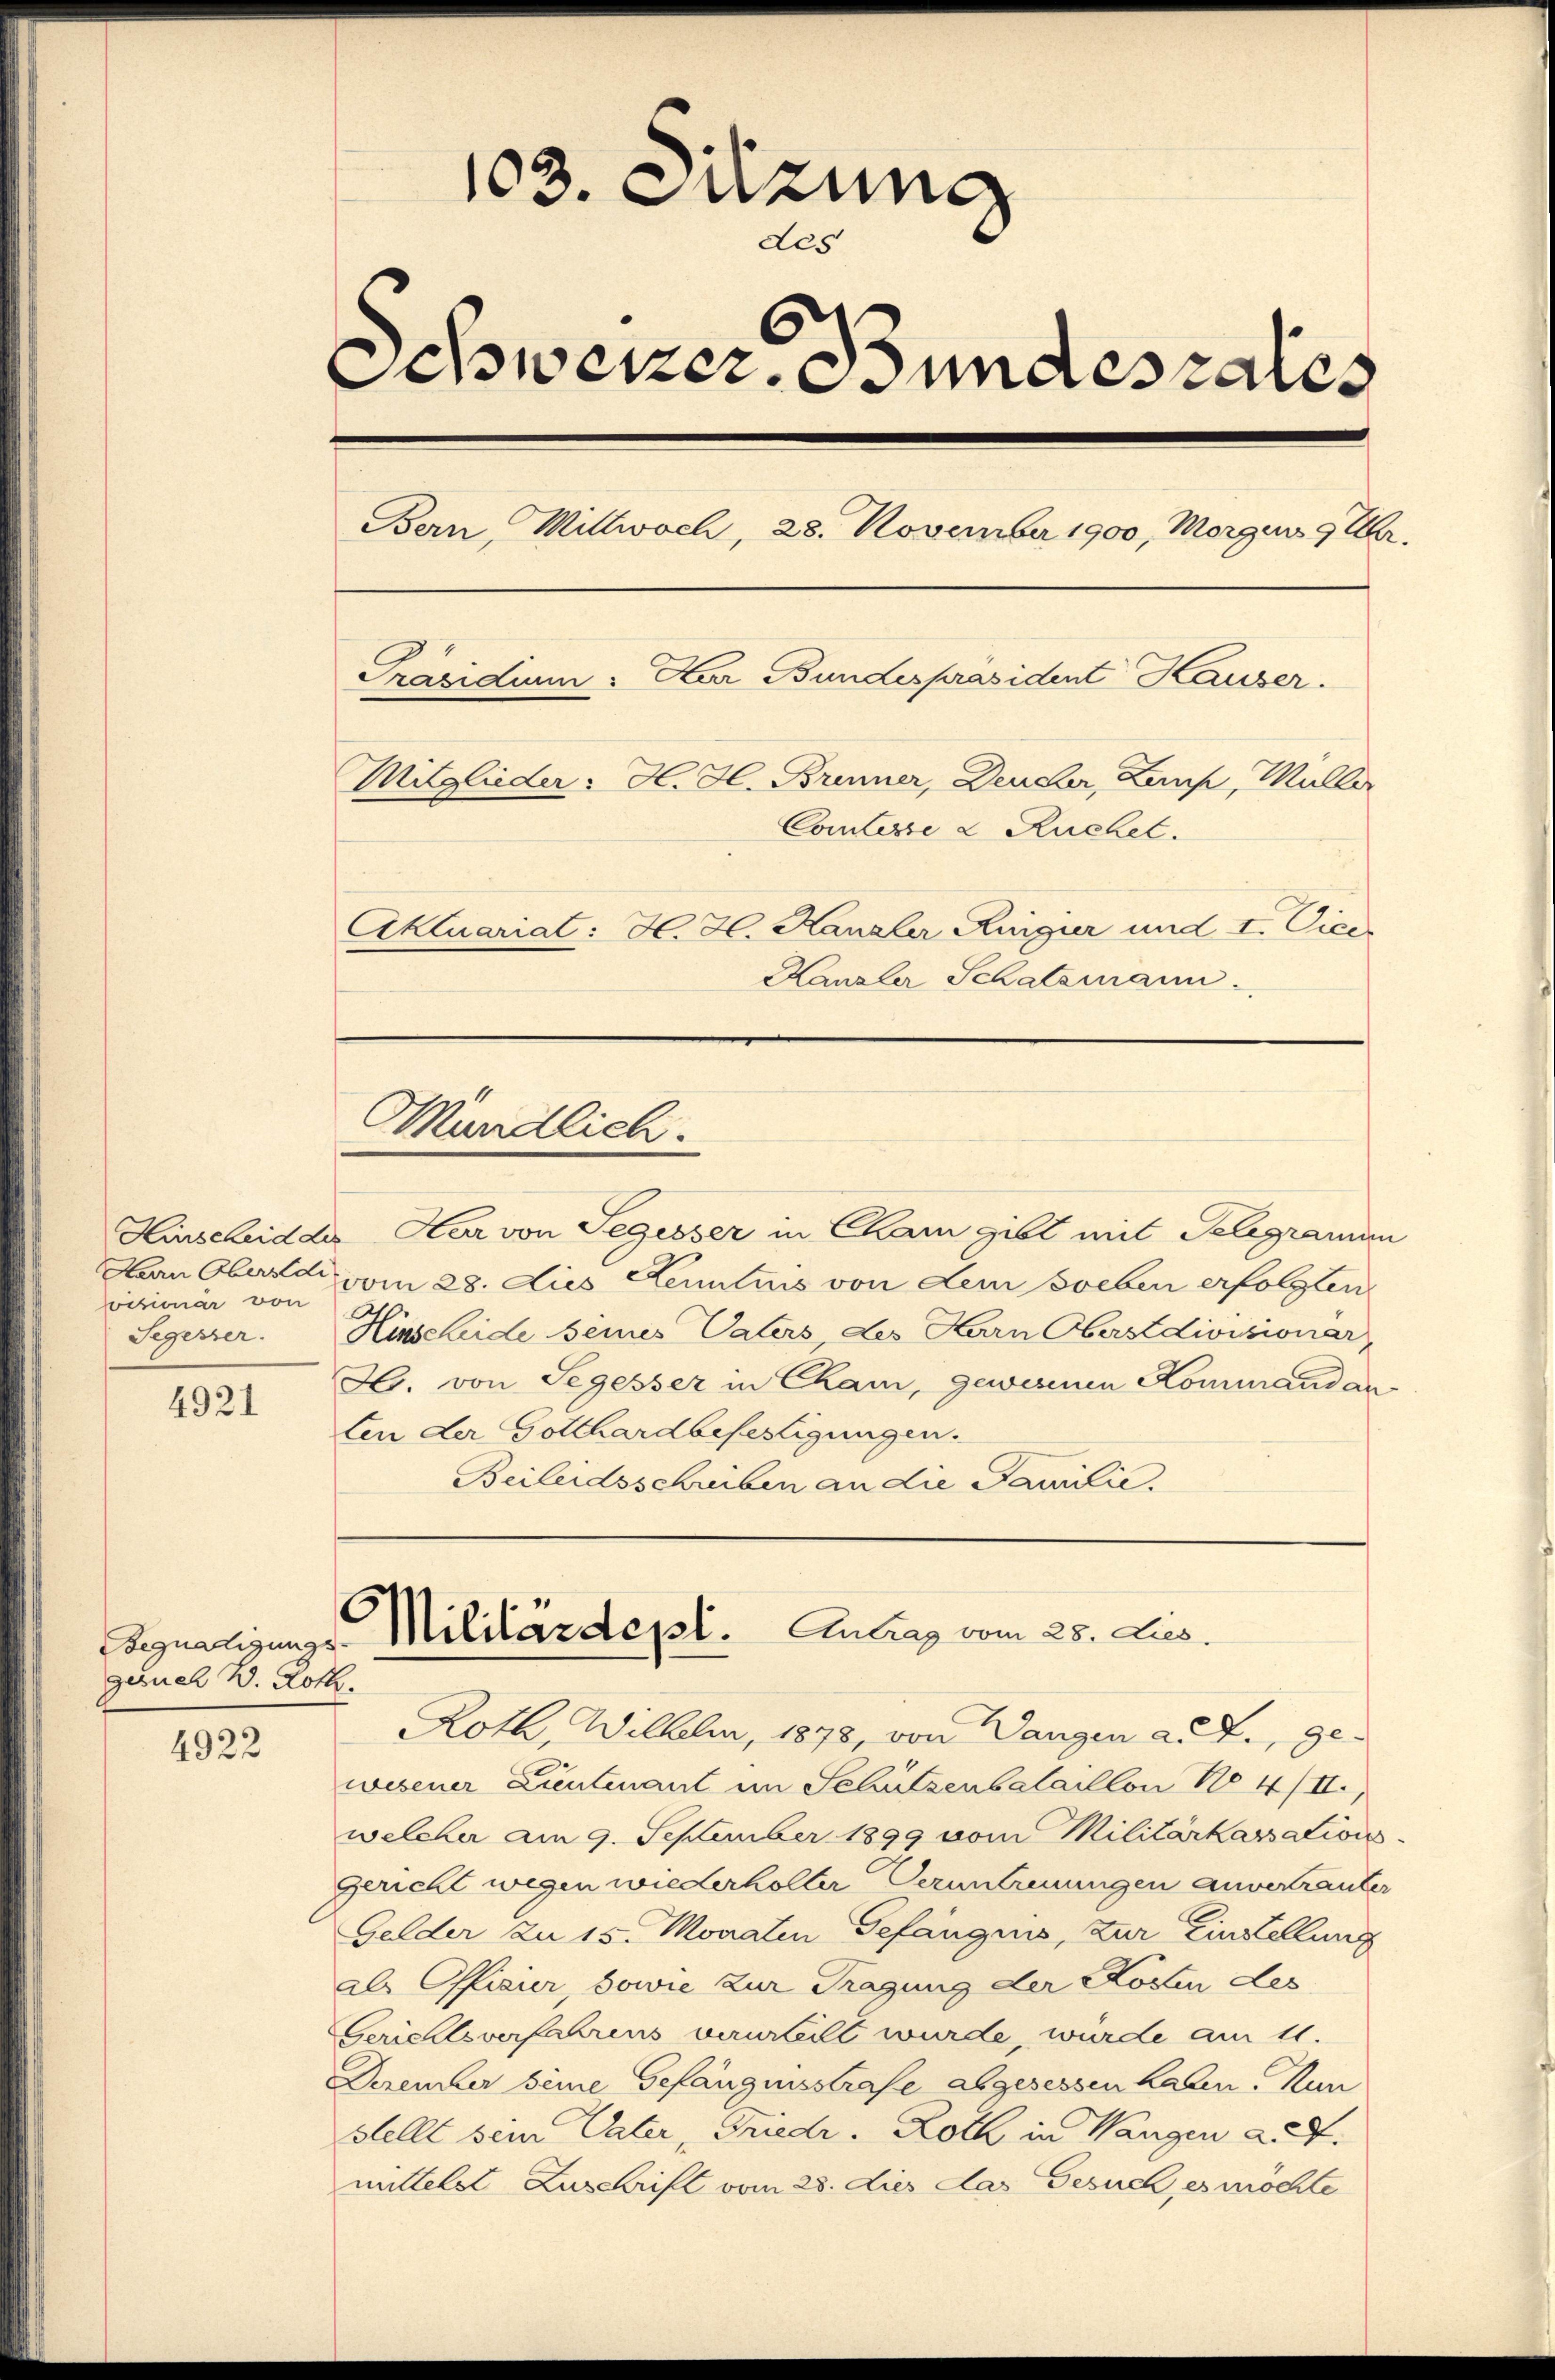
visionär von
Segesser.

4921

gernel 2. Loth.

4922

103. Sitzun
des
Schwerer undesrates
Bern, Mittwoch, 28. November 1900, Morgen 9 Uhr.
Präsidium. Der Bundespräsident Hauser.
Mitglieder: H. H. Brenner, Deucher, Leich, Müller
Comtesse & Ruchet.
Ciktuariat: H. H. Kanzler Regier und I. Cice
Kanzler Schatzmann.

Hinscheid des Herr von Segesser in Cham gibt mit Telegramin
Haan Oberdi vom 28. dies Kenntnis von dem soeben erfolgten
Hirschide seines Vaters des Karn Oberstdivisionar
H. von Segesser in Cham, gewesenen Kommandan
ten der Gotthardbefestigungen.
Beileidsschreiben an die Familie.

Mündlich.

C
Begnadigungs-Militärdept. Antrag vom 25. Lies.

Roth, Wilhelm, 1878 von Wangen a. f., ge-
wesener Lieutenant im Schätzenbataillon No 4/II.,
welcher am 9. September 1899 vom Militärkassationss
Gericht wegen wiederholter Veruntreuungen anvertrauter
Gelder zu 15. Monaten Gefängnis, Zur Einstellung
als Offizir sowie zur Tragung der Kosten des
Gerichtsverfahrens verurteilt wurde, würde am 11.
Dezember seine Gefängnisstrafe abgesessen haben. Nun
stellt sein Vater Friedr. Roth in Wangen a. d.
mittelst Zuschrift vom 28. dies das Gesuch, es möchte